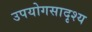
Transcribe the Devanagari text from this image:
उपयोगसादृश्य